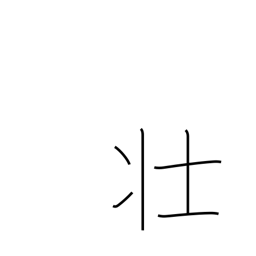
Meaning: robust